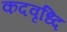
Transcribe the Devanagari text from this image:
कदवृध्दि